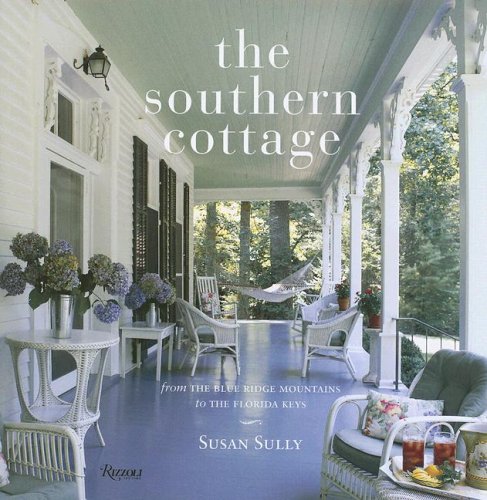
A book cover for The Southern Cottage: From the Blue Ridge Mountains to the Florida Keys; Susan Sully; Crafts, Hobbies & Home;